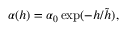
\alpha ( h ) = \alpha _ { 0 } \exp ( - h / \tilde { h } ) ,